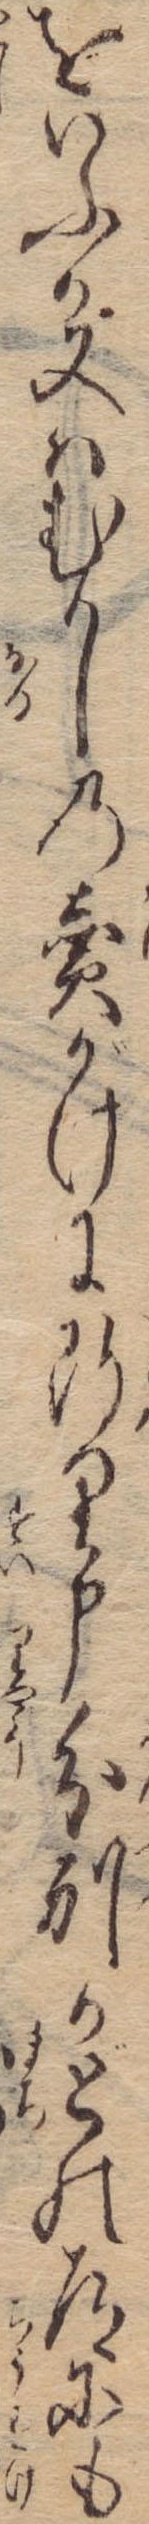
をいふか又はむかしの売がけに断り申分別かどの道にも